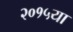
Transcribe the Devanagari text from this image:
२०१५या